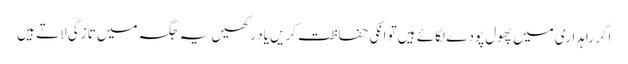
اگر راہداری میں پھول پودے لگائے ہیں تو انکی حفاظت کریں یاد رکھیں یہ جگہ میں تازگی لاتے ہیں